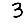
Digit: 3